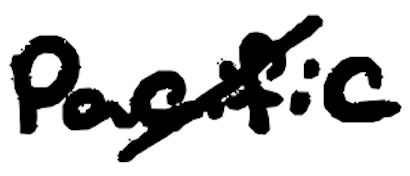
Text: Pacific
Cross-out: diagonal
Writing tool: digital_black